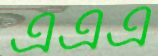
এএএ